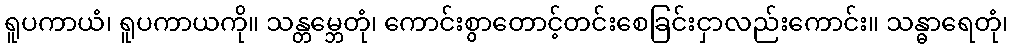
ရူပကာယံ၊ ရူပကာယကို။ သန္တမ္ဘေတုံ၊ ကောင်းစွာတောင့်တင်းစေခြင်းငှာလည်းကောင်း။ သန္ဓာရေတုံ၊